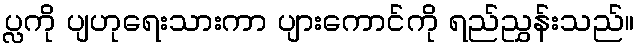
ပ္လကို ပျဟုရေးသားကာ ပျားကောင်ကို ရည်ညွှန်းသည်။